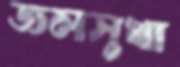
জলসুখা